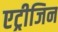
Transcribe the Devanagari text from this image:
एट्रीजिन